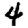
Digit: 4